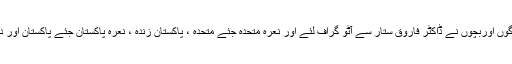
اس موقع پر خواتین ، نوجوانوں ، بزرگوں اوربچوں نے ڈاکٹر فاروق ستار سے آٹو گراف لئے اور نعرہ متحدہ جئے متحدہ ، پاکستان زندہ ، نعرہ پاکستان جئے پاکستان اور دیگر نعرے پرجوش انداز میں لگائے ۔